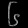
Digit: ၆